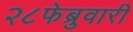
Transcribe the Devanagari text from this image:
२८फेब्रुवारी